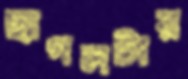
ছাগলটার